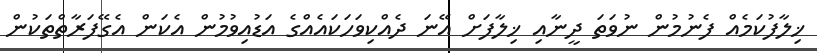
ޚިލާފުކަމެއް ފެނުމުން ނުވަތަ ދީނާއި ޚިލާފަށް އޭނަ ދެއްކިވަހަކައެއްގެ އަޑުއިވުމުން އެކަން އެގޭފަރާތްތަކުން